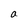
Character: a